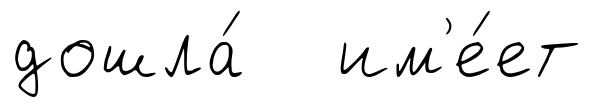
дошла́ им'е́ет